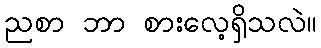
ညစာ ဘာ စားလေ့ရှိသလဲ။